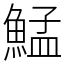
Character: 鯭